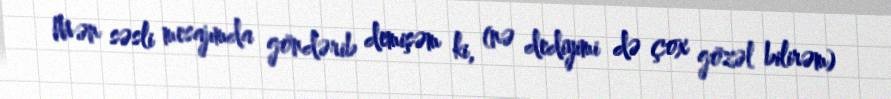
Mən səsli mesajımda göndərib demişəm ki, (nə dediyimi də çox gözəl bilirəm)